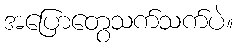
အပြောတွေသက်သက်ပဲ။